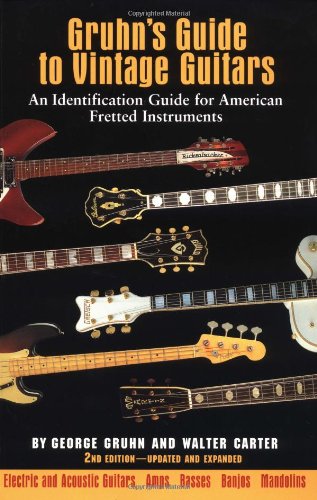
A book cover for Gruhn's Guide to Vintage Guitars  2nd Edition (Softcover); George Gruhn; Crafts, Hobbies & Home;